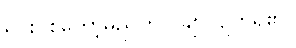
ရှင်းပစ်တော့မည်ဟု ပချာလျက်ရှိ၏။